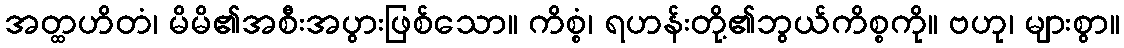
အတ္ထဟိတံ၊ မိမိ၏အစီးအပွားဖြစ်သော။ ကိစ္စံ၊ ရဟန်းတို့၏ဘွယ်ကိစ္စကို။ ဗဟု၊ များစွာ။